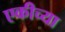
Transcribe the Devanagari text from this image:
एकीच्या